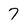
Character: 7